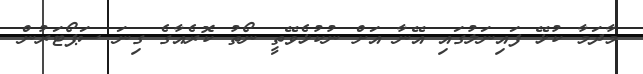
މާދަމާ ކުޅޭ ފައިނަލުގައި އޭނާ އަށް ނުކުޅެވޭތީ ނޯތު ކޮރެއާގެ ގިނަ ސަޕޯޓަރުން